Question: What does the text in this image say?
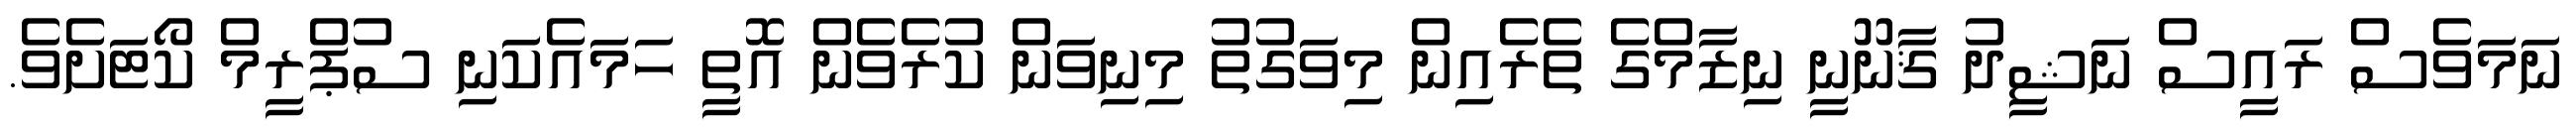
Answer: ނަމަވެސް ރައީސް ނަޝީދު ޤާނޫނީ ނިޒާމްގެ ތެރެއިން މިވަގުތު މިނިވަން ކުރެވެން އޮތީ ހަމައެކަނި ސުޕްރީމް ކޯޓަށެވެ.